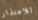
للاعتذار